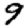
Digit: 9